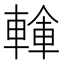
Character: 𨍓